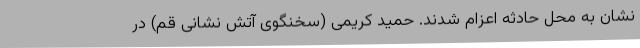
نشان به محل حادثه اعزام شدند. حمید کریمی (سخنگوی آتش نشانی قم) در